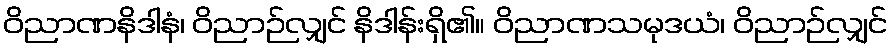
ဝိညာဏနိဒါနံ၊ ဝိညာဉ်လျှင် နိဒါန်းရှိ၏။ ဝိညာဏသမုဒယံ၊ ဝိညာဉ်လျှင်